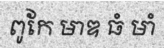
ពូកែ មាឌ ធំ មាំ